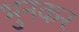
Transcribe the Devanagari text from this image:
भुनकर